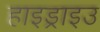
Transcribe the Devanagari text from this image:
हाइड्राइउ